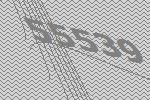
55539